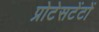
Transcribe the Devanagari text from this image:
प्रोटेसटेंटों